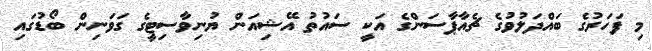
މި ފަހަރުގެ ބައްދަލުވުގެ ޗެއާޕާސަންގެ އަކީ ސައުތު އޭޝިއަން ޔުނިވާސިޓީގެ ގަވަނިން ބޯޑުގައި